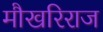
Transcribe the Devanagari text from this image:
मौखरिराज